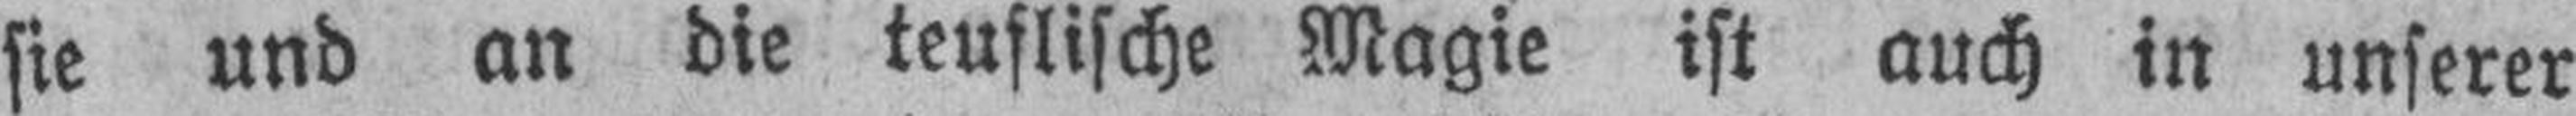
sie und an die teuflische Magie ist auch in unserer